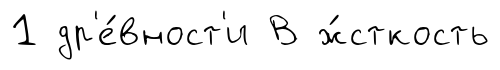
1 др'е́вност'и В ж́сткость